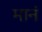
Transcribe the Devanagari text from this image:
मानं